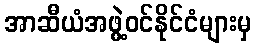
အာဆီယံအဖွဲ့ဝင်နိုင်ငံများမှ